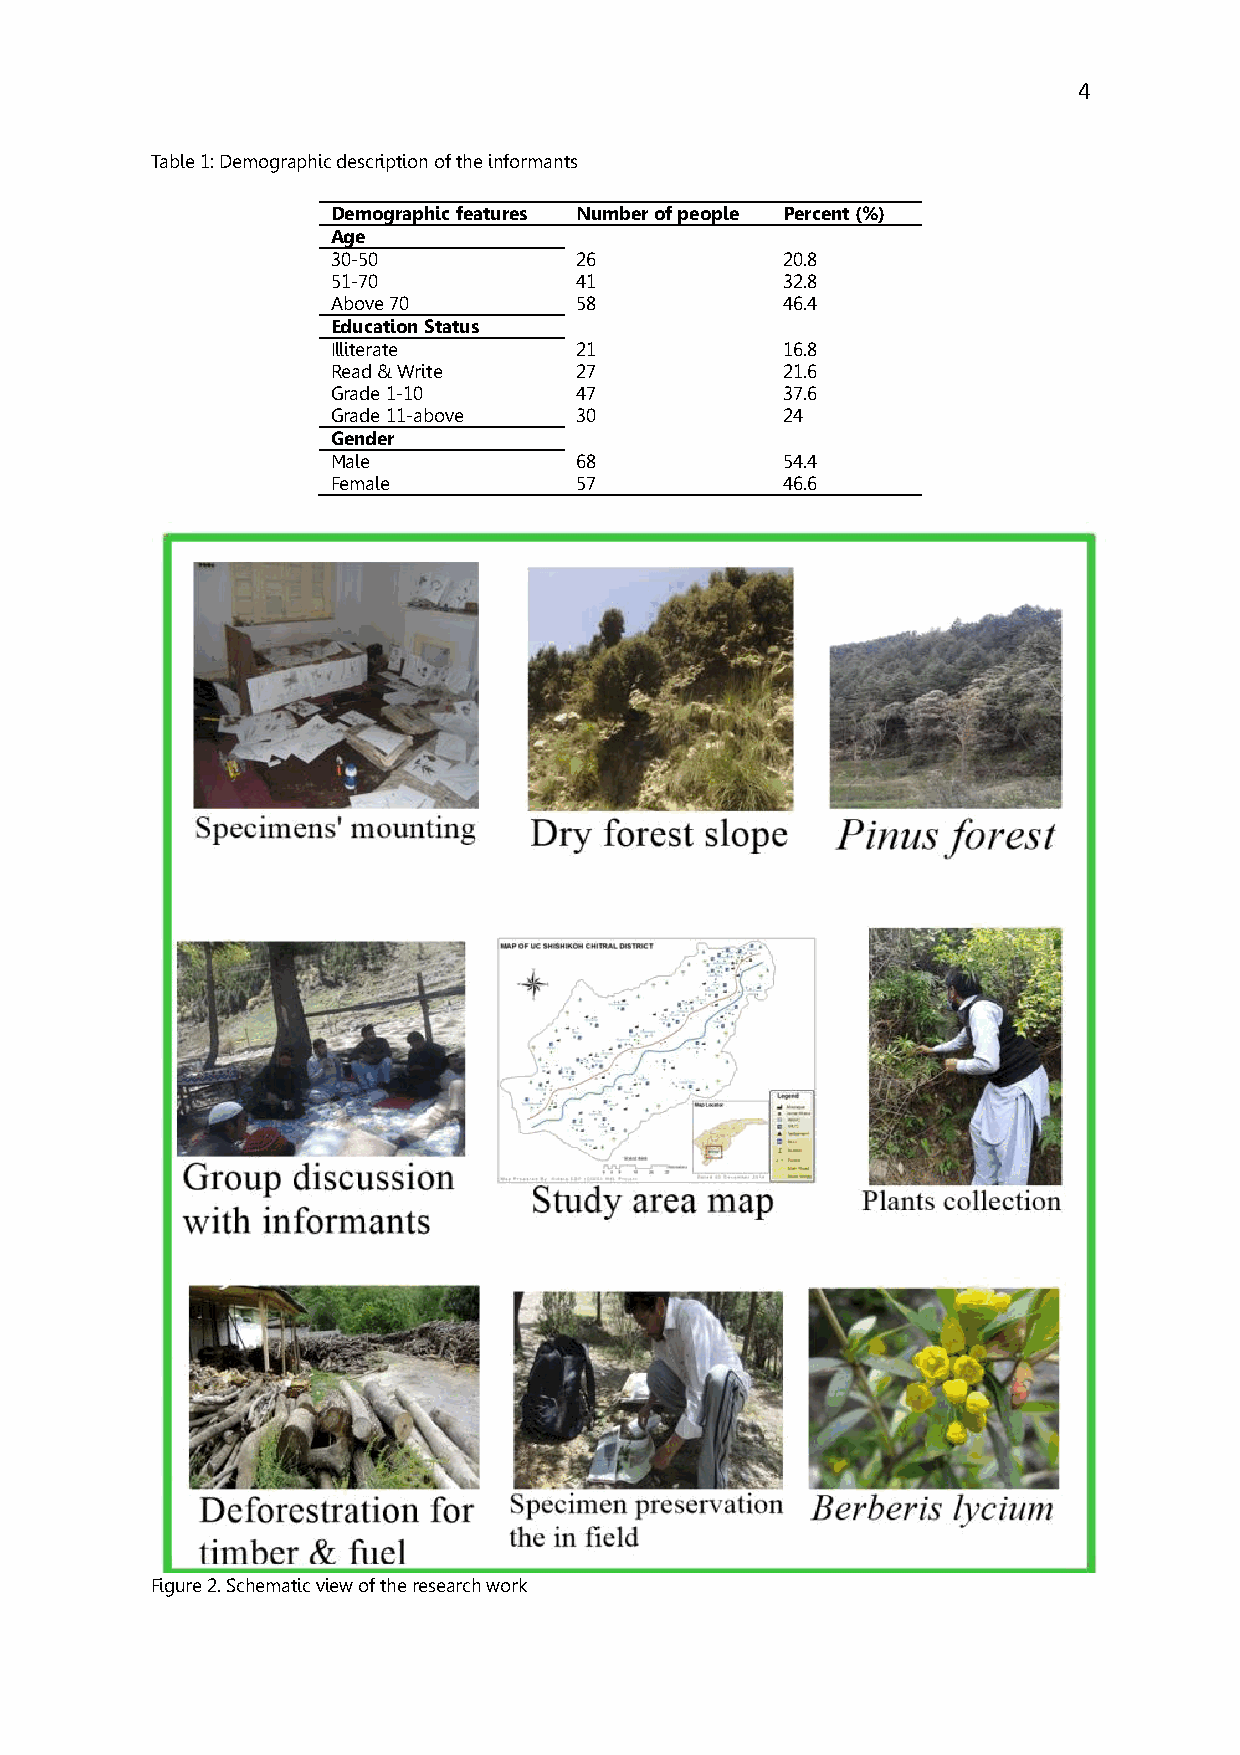
4
 Table 1: Demographic description of the informants
 Demographic features Number of people Percent (%)
 Age
 30-50           26            20.8
 51-70           41            32.8
 Above 70        58            46.4
 Education Status
 Illiterate      21            16.8
 Read & Write    27            21.6
 Grade 1-10      47            37.6
 Grade 11-above  30            24
 Gender
 Male            68            54.4
 Female          57            46.6
 Figure 2. Schematic view of the research work